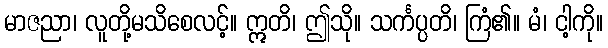
မာဇညာ၊ လူတို့မသိစေလင့်။ ဣတိ၊ ဤသို။ သင်္ကပ္ပတိ၊ ကြံ၏။ မံ၊ ငါ့ကို။